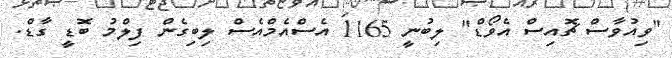
"ވިއުވާސް ޗޮއިސް އެވޯޑް" ލިބުނީ 1165 އެސްއެމްއެސް ލިބިގެން ފިލްމު ބޮޑީ ގާޑް.